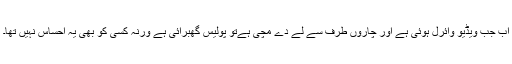
اب جب ویڈیو وائرل ہوئی ہے اور چاروں طرف سے لے دے مچی ہےتو پولیس گھبرائی ہے ورنہ کسی کو بھی یہ احساس نہیں تھا۔